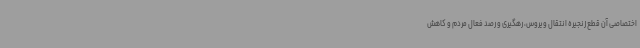
اختصاصی آن قطع زنجیره انتقال ویروس، رهگیری و رصد فعال مردم و کاهش